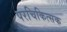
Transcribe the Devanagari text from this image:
परचिकित्सक